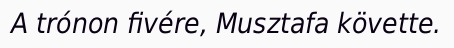
A trónon fivére, Musztafa követte.